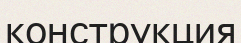
конструкция